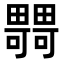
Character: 𤳴